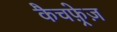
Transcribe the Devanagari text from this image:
कैचफ़्रेज़